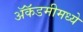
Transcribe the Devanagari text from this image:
ॲकॅडमीमध्ये